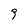
Character: 9